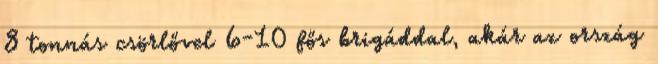
8 tonnás csörlővel 6-10 fős brigáddal, akár az ország